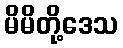
မိမိတို့ဒေသ